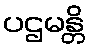
ပဌမန္တိ